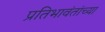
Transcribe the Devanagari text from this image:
प्रतिभावंतांच्या